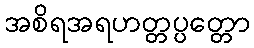
အစိရအရဟတ္တပ္ပတ္တော